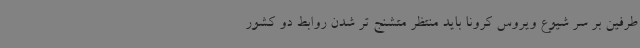
طرفین بر سر شیوع ویروس کرونا باید منتظر متشنج تر شدن روابط دو کشور